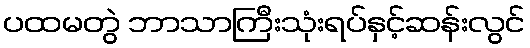
ပထမတွဲ ဘာသာကြီးသုံးရပ်နှင့်ဆန်းလွင်